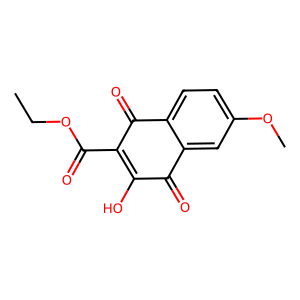
SMILES: CCOC(=O)C1=C(O)C(=O)c2cc(OC)ccc2C1=O
Inhibits HIV replication: No